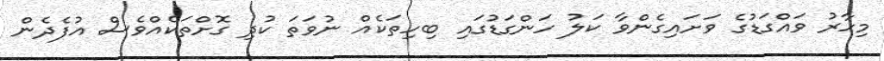
މިހާރު ވައްގަޑުގެ ވަށައިގެންވާ ކަލު ހަންގަޑުގައި ބިހިތަކެއް ނުވަތަ ކުދި ގޮށްތަކެއްވެސް އުފެދެން